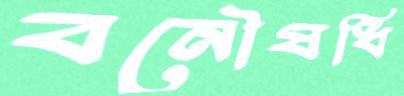
বনৌষধি